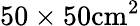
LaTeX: \mathrm{50\times 50cm^{2}}